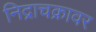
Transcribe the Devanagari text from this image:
निद्राचक्रावर